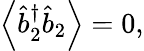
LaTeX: \left\langle\hat{b}_{2}^{\dagger}\hat{b}_{2}\right\rangle=0,